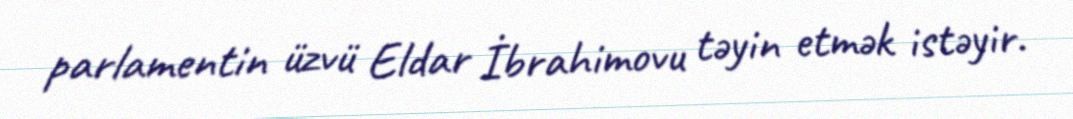
parlamentin üzvü Eldar İbrahimovu təyin etmək istəyir.